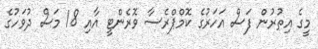
މީގެ އިތުރުން ފަސް އަހަރުގެ ކޮމްޕްރެސާ ވޮރެންޓީ އާއި 18 މަސް ދުވަހުގެ